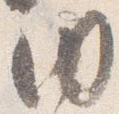
内